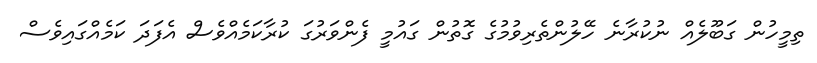
ތިމީހުން ގަބޫލެއް ނުކުރާނެ ހޭލުންތެރިވުމުގެ ގޮތުން ގައުމީ ފެންވަރުގަ ކުރާކަމެއްވެސް އެފަދަ ކަމެއްގައިވެސް